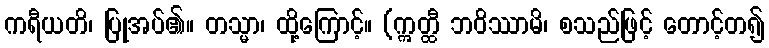
ကရီယတိ၊ ပြုအပ်၏။ တသ္မာ၊ ထို့ကြောင့်။ (ဣတ္ထီ ဘဝိဿာမိ၊ စသည်ဖြင့် တောင့်တ၍